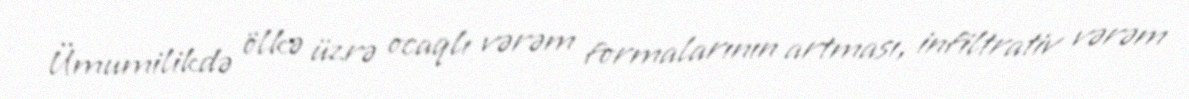
Ümumilikdə ölkə üzrə ocaqlı vərəm formalarının artması, infiltrativ vərəm